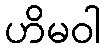
ဟိမဝါ